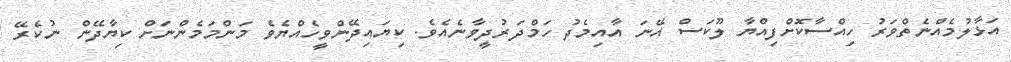
އަޅާލުމެއްނެތްވަރު ހިއްސާކޮށްފިއްޔާ ލޫކަސް އޭނަ އާއިމެދު ހަމްދަރުދީވާނެއެވެ. ކިޔައިދޭންވީހެއްޔެވެ މަންމަމެންނަށް ކިޔާދޭން ނުކެރޭ